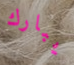
يبارك